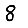
Digit: 8